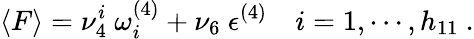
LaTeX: \langle F\rangle=\nu_{4}^{i}\ \omega_{i}^{(4)}+\nu_{6}\ {\epsilon}^{(4)}\quad i=1,\cdots,h_{11}\ .